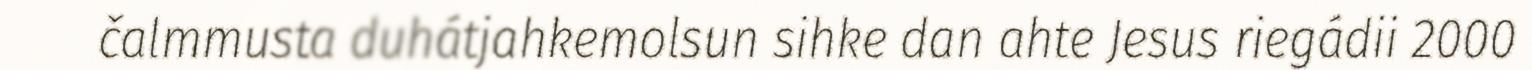
čalmmusta duhátjahkemolsun sihke dan ahte Jesus riegádii 2000